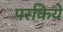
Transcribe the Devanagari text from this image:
परकिये